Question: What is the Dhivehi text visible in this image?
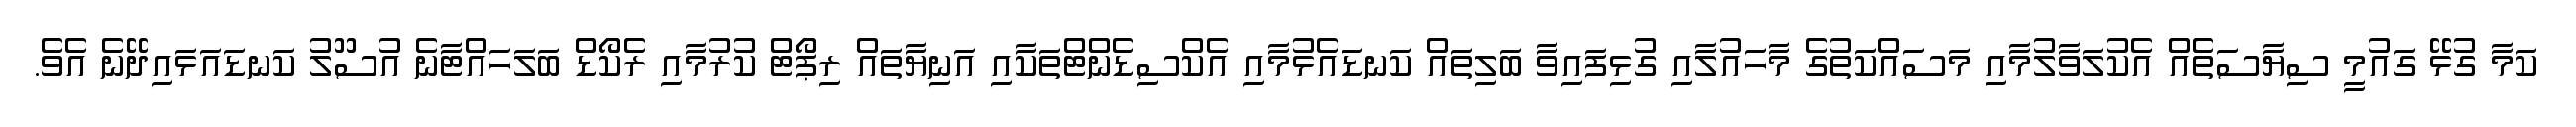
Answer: ކަމާ ގުޅޭ ގައުމީ ސިޔާސަތެއް އެކުލަވާލުމާއި މަސައްކަތުގެ މާހައުލާއި ގުޅިފައިވާ ބަލިތައް ކަނޑައެޅުމާއި އެކްސިޑެންޓްތަކާއި އަނިޔާތައް ރިޕޯޓް ކުރުމާއި ރެކޯޑް ބަލަހައްޓާނެ އުސޫލު ކަނޑައަޅައިދޭނެ އެވެ.